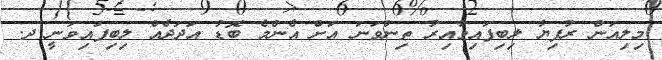
މިލިއަން ރުފިޔާ ލިބިފައިވާއިރު ތިންވަނަ އަށް އެންމެ ބޮޑު އަދަދެއް ލިބިފައިވަނީ ދ.